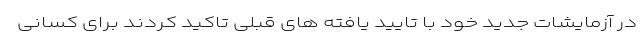
در آزمایشات جدید خود با تایید یافته های قبلی تاکید کردند برای کسانی